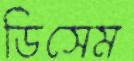
ডিসেম